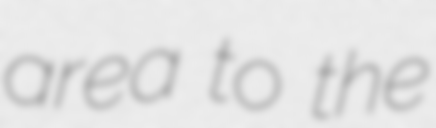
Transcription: area to the